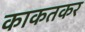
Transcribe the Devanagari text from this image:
काकतकर